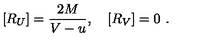
[ R _ { U } ] = \frac { 2 M } { V - u } , \quad [ R _ { V } ] = 0 \ .